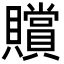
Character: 贘